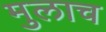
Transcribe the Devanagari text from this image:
मुलाच